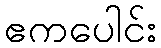
ဧကပေါင်း